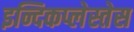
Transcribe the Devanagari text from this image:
इन्दिकप्लेस्तेस